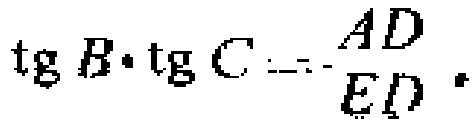
\(\text{tg} B\cdot \text{tg} C =-\frac{AD}{ED}\)